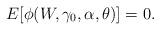
LaTeX: \begin{align*}E[\phi(W,\gamma_{0},\alpha,\theta)]=0. \end{align*}